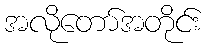
အလိုတော်အတိုင်း